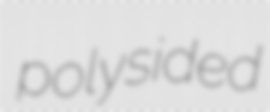
polysided